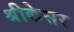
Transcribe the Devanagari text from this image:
श्रीकेसर